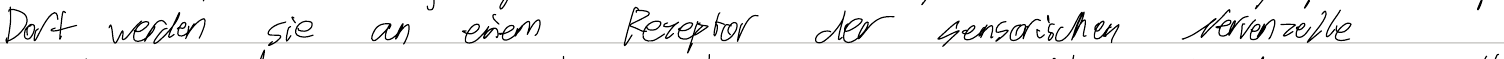
Dort werden sie an einem Rezeptor der sensorischen Nervenzelle